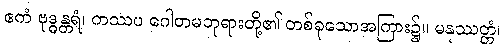
ဧကံ ဗုဒ္ဓန္တရံ၊ ကဿပ ဂေါတမဘုရားတို့၏ တစ်ခုသောအကြား၌။ မနုဿတ္တံ၊